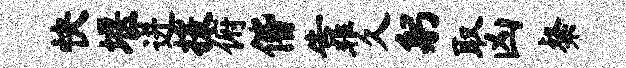
快堰迸援俯偕靠久躬取凶粲